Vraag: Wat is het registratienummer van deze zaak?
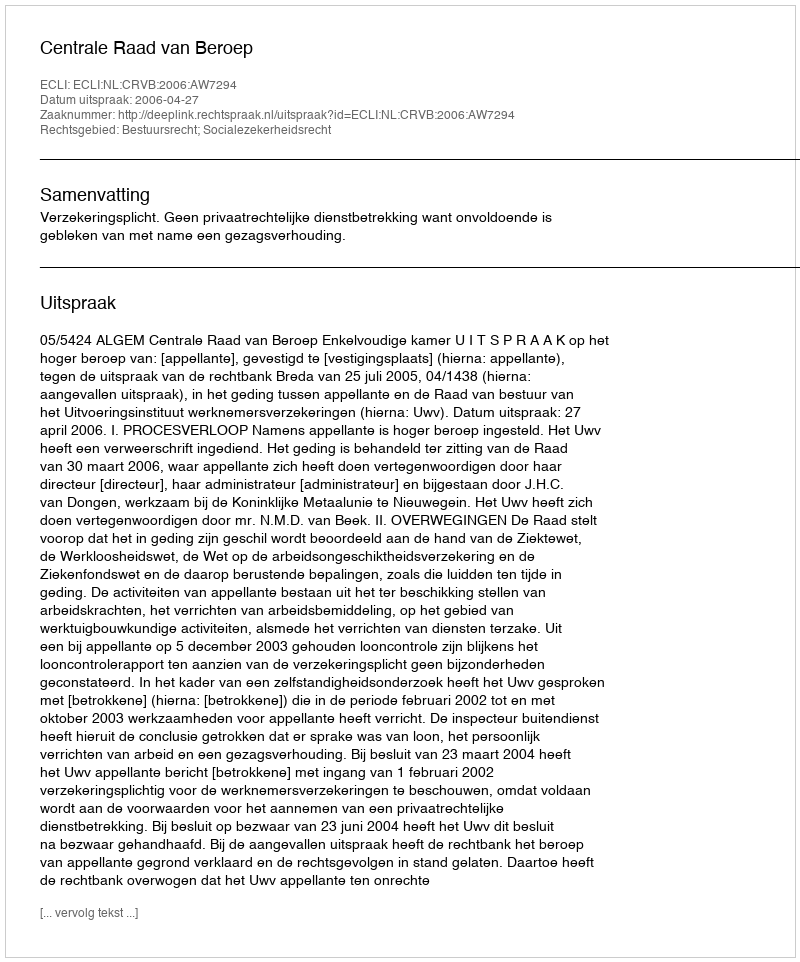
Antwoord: http://deeplink.rechtspraak.nl/uitspraak?id=ECLI:NL:CRVB:2006:AW7294